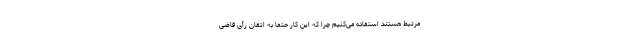
مرتبط هستند استفاده می‌کنیم چرا که این کار حتماً به اتقان رأی قاضی